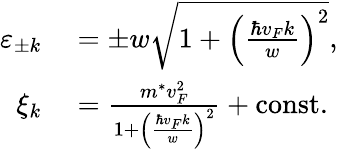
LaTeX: \begin{array}{rl}{\varepsilon_{\pm k}}&{{}=\pm w\sqrt{1+\left(\frac{\hbar v_{F}k}{w}\right)^{2}},}\\ {\xi_{k}}&{{}=\frac{m^{*}v_{F}^{2}}{1+\left(\frac{\hbar v_{F}k}{w}\right)^{2}}+\mathrm{const.}}\end{array}